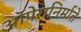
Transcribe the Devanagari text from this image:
ऑपेरानिर्माते